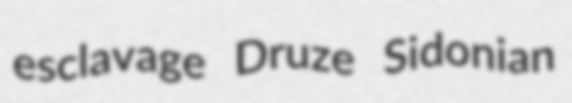
esclavage Druze Sidonian